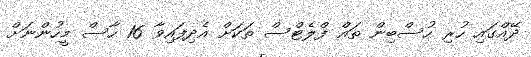
ދޭއްގައި ހުރި ހުސްބިން ތައް ފްލެޓްސް ތަކަށް އެދިފައިވާ 16 ހާސް މީހުންނަށް